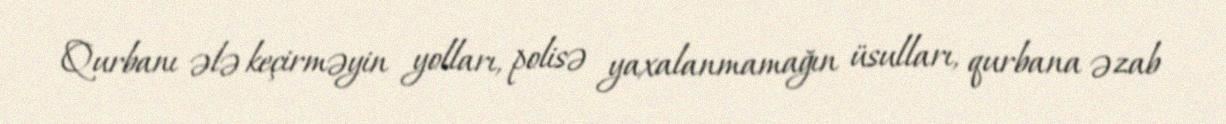
Qurbanı ələ keçirməyin yolları, polisə yaxalanmamağın üsulları, qurbana əzab